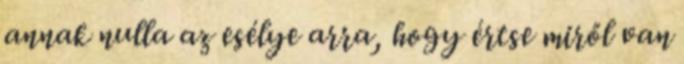
annak nulla az esélye arra, hogy értse miről van